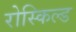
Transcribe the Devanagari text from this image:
रोस्किल्ड